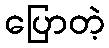
ပြောတဲ့